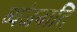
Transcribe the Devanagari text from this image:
व्यंजनादि